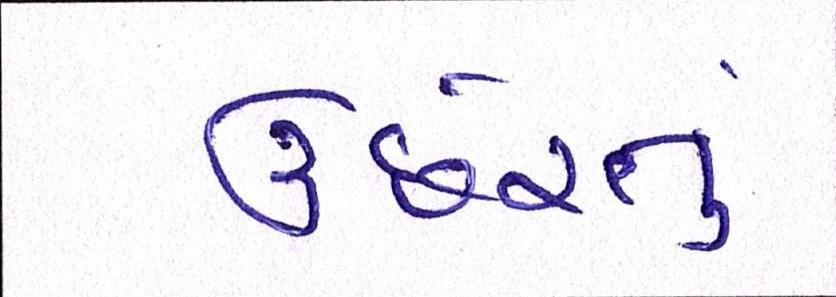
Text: ઉછેરતું